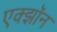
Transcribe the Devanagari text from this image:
एक्झॉन